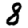
Digit: 8